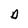
Character: D